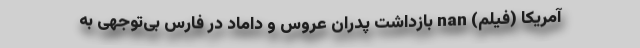
آمریکا (فیلم) nan بازداشت پدران عروس و داماد در فارس بی‌توجهی به